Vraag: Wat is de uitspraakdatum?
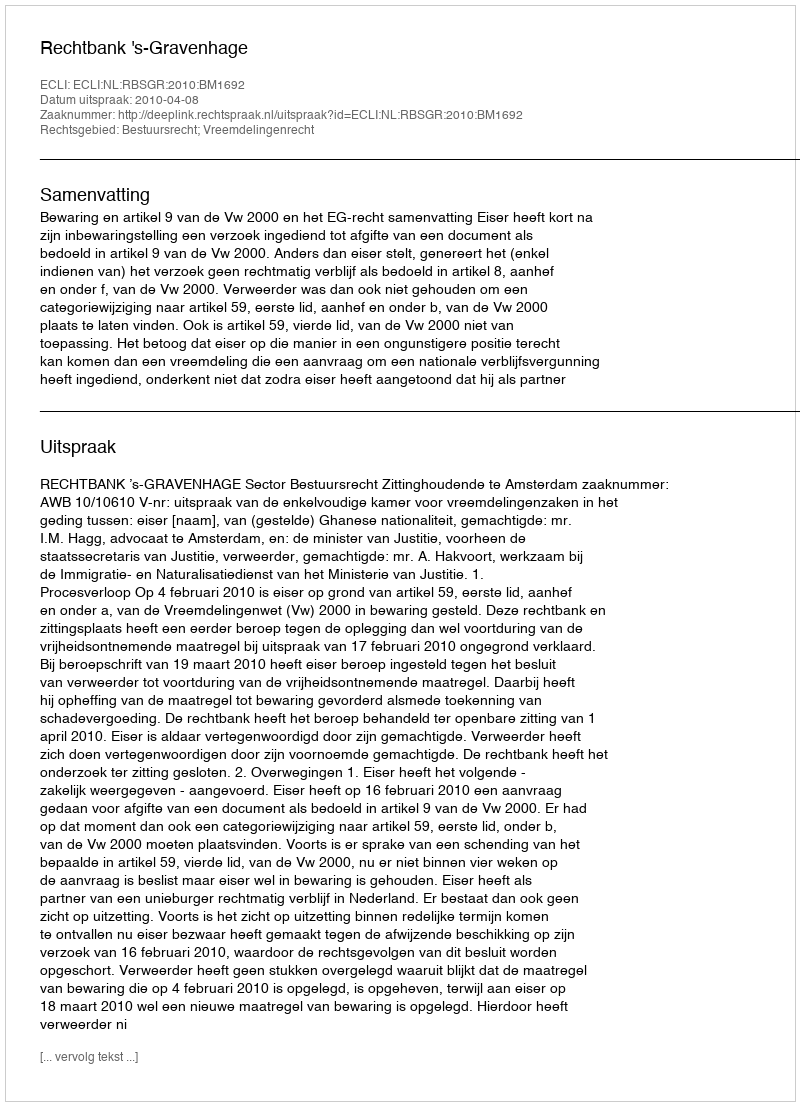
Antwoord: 2010-04-08